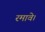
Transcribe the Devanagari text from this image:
रमावे।